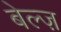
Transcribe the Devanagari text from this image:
बेल्ज़